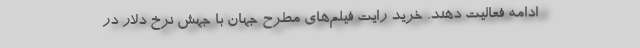
ادامه فعالیت دهند. خرید رایت فیلم‌های مطرح جهان با جهش نرخ دلار در